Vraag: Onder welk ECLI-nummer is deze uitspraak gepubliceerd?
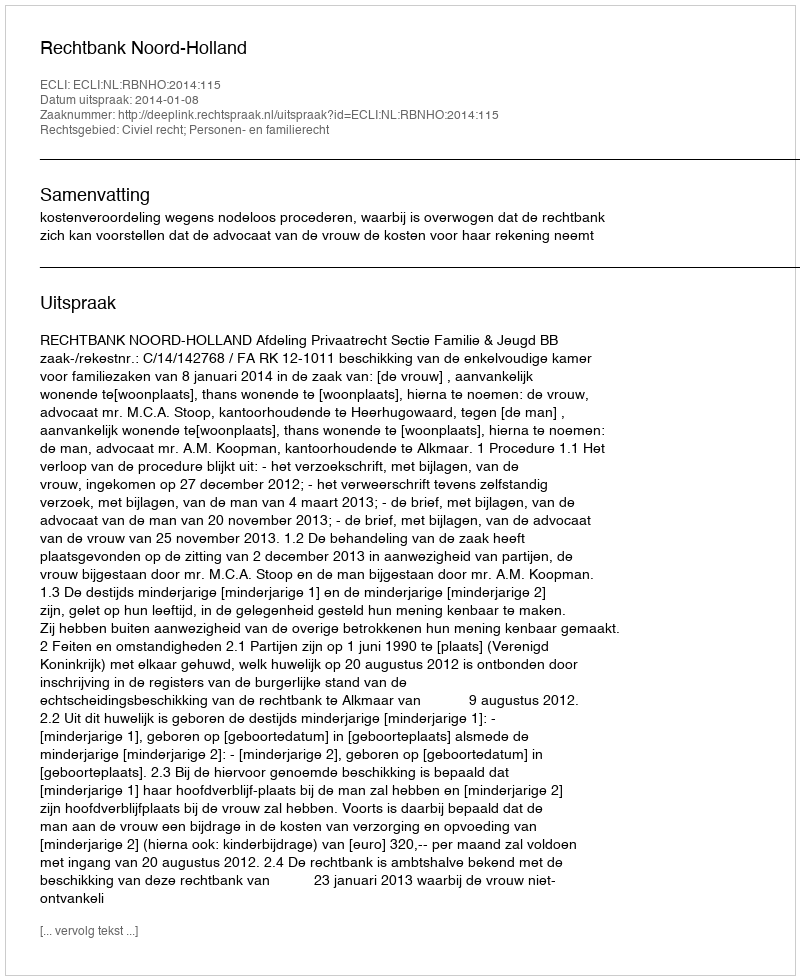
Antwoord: ECLI:NL:RBNHO:2014:115